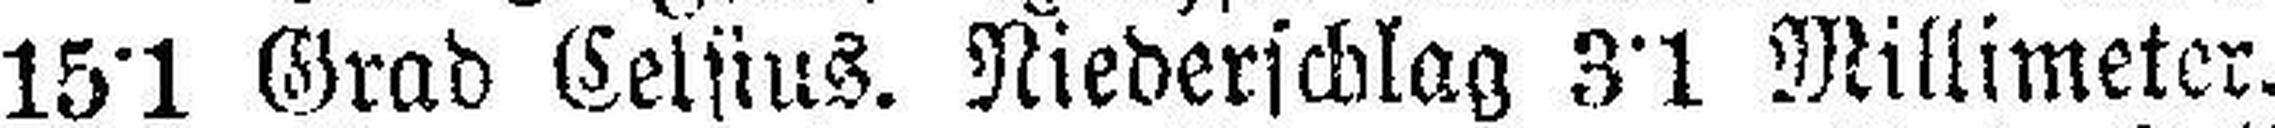
15°1 Grad Celsius. Niederschlag 3°1 Millimeter.